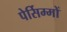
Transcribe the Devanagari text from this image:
पेर्सिम्मों